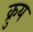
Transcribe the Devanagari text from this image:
क्रुय